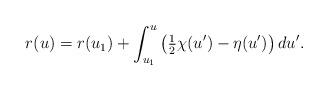
LaTeX: \begin{align*} r(u)=r(u_1)+\int_{u_1}^u\left(\tfrac{1}{2}\chi(u')-\eta(u')\right)du'.\end{align*}